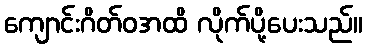
ကျောင်းဂိတ်ဝအထိ လိုက်ပို့ပေးသည်။